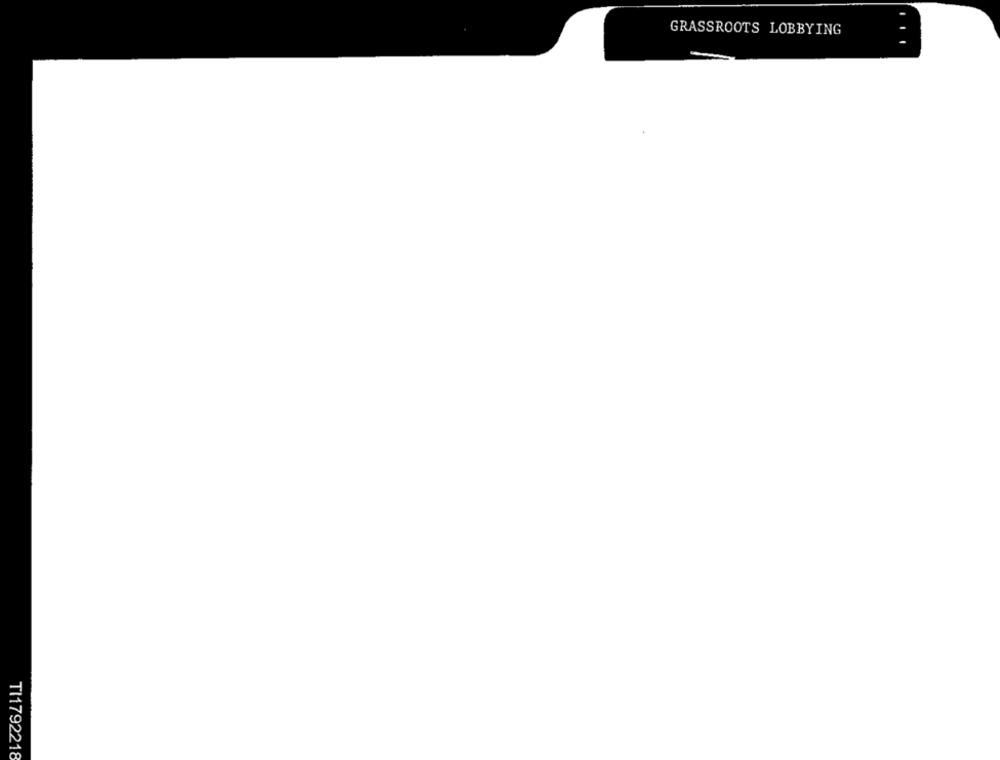
GRASSROOTS LOBBYING
TI1792218